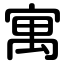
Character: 寓